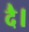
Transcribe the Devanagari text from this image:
दै।